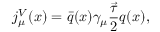
j _ { \mu } ^ { V } ( x ) = \bar { q } ( x ) \gamma _ { \mu } \frac { \vec { \tau } } { 2 } q ( x ) ,